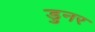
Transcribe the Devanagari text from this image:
डुनर